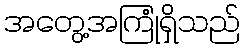
အတွေ့အကြုံရှိသည်